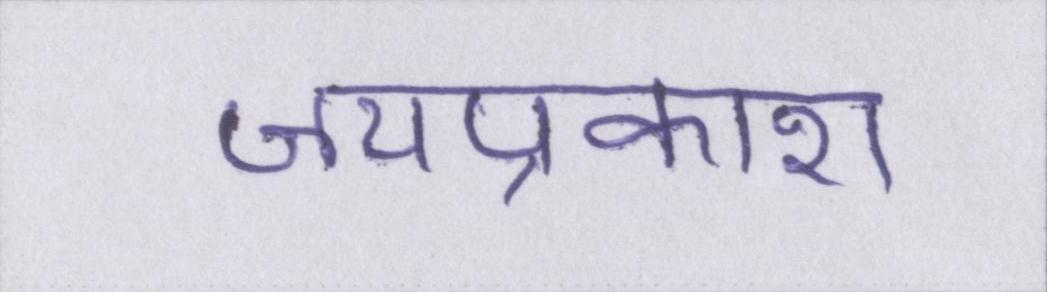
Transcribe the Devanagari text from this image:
जयप्रकाश